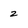
Character: 2